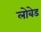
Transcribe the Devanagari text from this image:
लोबेड